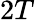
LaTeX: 2T